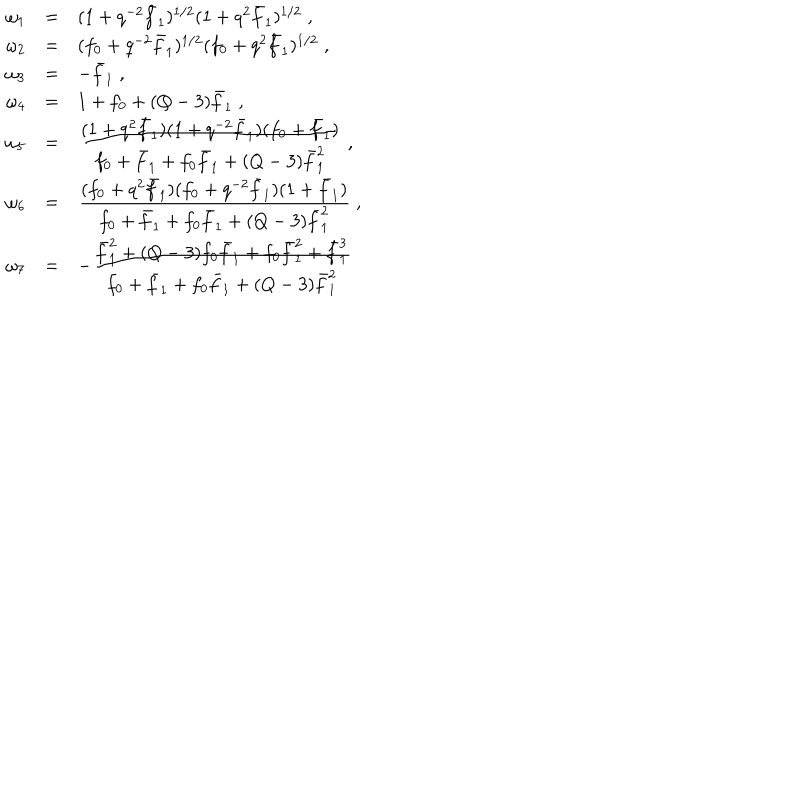
LaTeX: \begin{array} { l l l } { { \omega _ { 1 } } } & { { = } } & { { ( 1 + q ^ { - 2 } \bar { f } _ { 1 } ) ^ { 1 / 2 } ( 1 + q ^ { 2 } \bar { f } _ { 1 } ) ^ { 1 / 2 } \; , } } \\ { { \omega _ { 2 } } } & { { = } } & { { ( f _ { 0 } + q ^ { - 2 } \bar { f } _ { 1 } ) ^ { 1 / 2 } ( f _ { 0 } + q ^ { 2 } \bar { f } _ { 1 } ) ^ { 1 / 2 } \; , } } \\ { { \omega _ { 3 } } } & { { = } } & { { - \bar { f } _ { 1 } \; , } } \\ { { \omega _ { 4 } } } & { { = } } & { { 1 + f _ { 0 } + ( Q - 3 ) \bar { f } _ { 1 } \; , } } \\ { { \omega _ { 5 } } } & { { = } } & { { \frac { \textstyle ( 1 + q ^ { 2 } \bar { f } _ { 1 } ) ( 1 + q ^ { - 2 } \bar { f } _ { 1 } ) ( f _ { 0 } + \bar { f } _ { 1 } ) } { \textstyle f _ { 0 } + \bar { f } _ { 1 } + f _ { 0 } \bar { f } _ { 1 } + ( Q - 3 ) \bar { f } _ { 1 } ^ { 2 } } \; , } } \\ { { \omega _ { 6 } } } & { { = } } & { { \frac { \textstyle ( f _ { 0 } + q ^ { 2 } \bar { f } _ { 1 } ) ( f _ { 0 } + q ^ { - 2 } \bar { f } _ { 1 } ) ( 1 + \bar { f } _ { 1 } ) } { \textstyle f _ { 0 } + \bar { f } _ { 1 } + f _ { 0 } \bar { f } _ { 1 } + ( Q - 3 ) \bar { f } _ { 1 } ^ { 2 } } \; , } } \\ { { \omega _ { 7 } } } & { { = } } & { { - \frac { \textstyle \bar { f } _ { 1 } ^ { 2 } + ( Q - 3 ) f _ { 0 } \bar { f } _ { 1 } + f _ { 0 } \bar { f } _ { 1 } ^ { 2 } + \bar { f } _ { 1 } ^ { 3 } } { \textstyle f _ { 0 } + \bar { f } _ { 1 } + f _ { 0 } \bar { f } _ { 1 } + ( Q - 3 ) \bar { f } _ { 1 } ^ { 2 } } } } \\ \end{array}